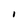
Character: I